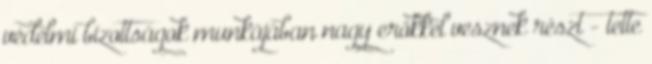
védelmi bizottságok munkájában nagy erőkkel vesznek részt - tette